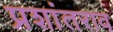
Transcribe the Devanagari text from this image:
प्रशांतराव